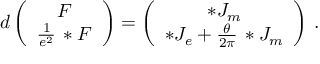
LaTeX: d \left( \begin{array} { c } { { F } } \\ { { \frac { 1 } { e ^ { 2 } } \, * F } } \end{array} \right) = \left( \begin{array} { c } { { * J _ { m } } } \\ { { * J _ { e } + \frac { \theta } { 2 \pi } \, * J _ { m } } } \end{array} \right) \, .